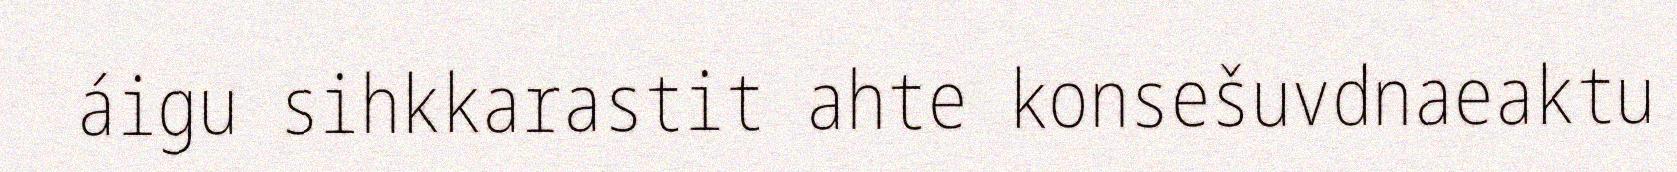
áigu sihkkarastit ahte konsešuvdnaeaktu